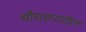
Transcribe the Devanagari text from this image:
चौघड्यातील